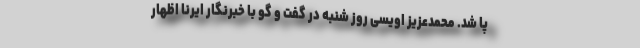
پا شد. محمدعزیز اویسی روز شنبه در گفت و گو با خبرنگار ایرنا اظهار